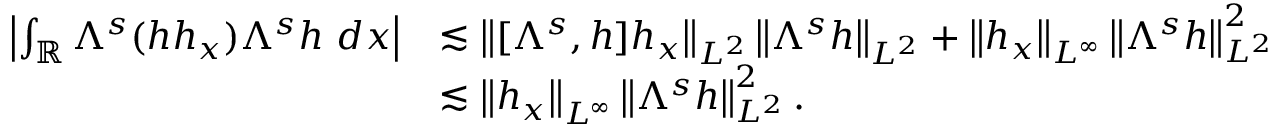
\begin{array} { r l } { \left| \int _ { \mathbb R } \Lambda ^ { s } ( h h _ { x } ) \Lambda ^ { s } h \ d x \right| } & { \lesssim \left\| [ \Lambda ^ { s } , h ] h _ { x } \right\| _ { L ^ { 2 } } \left\| \Lambda ^ { s } h \right\| _ { L ^ { 2 } } + \left\| h _ { x } \right\| _ { L ^ { \infty } } \left\| \Lambda ^ { s } h \right\| _ { L ^ { 2 } } ^ { 2 } } \\ & { \lesssim \left\| h _ { x } \right\| _ { L ^ { \infty } } \left\| \Lambda ^ { s } h \right\| _ { L ^ { 2 } } ^ { 2 } . } \end{array}